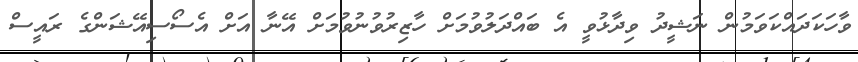
ވާހަކަދައްކަވަމުން ނަޝީދު ވިދާޅުވީ އެ ބައްދަލުވުމަށް ހާޒިރުވުނުވުމަށް އޭނާ އަށް އެސޯސިއޭޝަންގެ ރައީސް